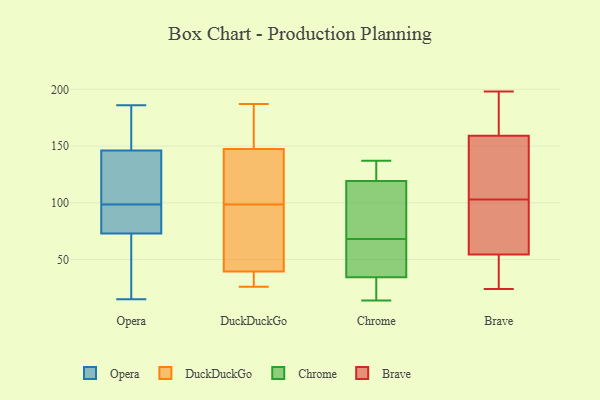
{"axis": {"x": "Revenue (USD Million)", "y": "Value"}, "legend": ["Brave", "Chrome", "DuckDuckGo", "Opera"], "data": [{"x": "", "y": 27, "type": "Opera"}, {"x": "", "y": 87, "type": "Opera"}, {"x": "", "y": 46, "type": "Opera"}, {"x": "", "y": 80, "type": "Opera"}, {"x": "", "y": 73, "type": "Opera"}, {"x": "", "y": 146, "type": "Opera"}, {"x": "", "y": 77, "type": "Opera"}, {"x": "", "y": 186, "type": "Opera"}, {"x": "", "y": 101, "type": "Opera"}, {"x": "", "y": 163, "type": "Opera"}, {"x": "", "y": 96, "type": "Opera"}, {"x": "", "y": 175, "type": "Opera"}, {"x": "", "y": 15, "type": "Opera"}, {"x": "", "y": 110, "type": "Opera"}, {"x": "", "y": 155, "type": "Opera"}, {"x": "", "y": 120, "type": "Opera"}, {"x": "", "y": 102, "type": "Opera"}, {"x": "", "y": 65, "type": "Opera"}, {"x": "", "y": 95, "type": "DuckDuckGo"}, {"x": "", "y": 167, "type": "DuckDuckGo"}, {"x": "", "y": 34, "type": "DuckDuckGo"}, {"x": "", "y": 44, "type": "DuckDuckGo"}, {"x": "", "y": 102, "type": "DuckDuckGo"}, {"x": "", "y": 161, "type": "DuckDuckGo"}, {"x": "", "y": 26, "type": "DuckDuckGo"}, {"x": "", "y": 85, "type": "DuckDuckGo"}, {"x": "", "y": 31, "type": "DuckDuckGo"}, {"x": "", "y": 154, "type": "DuckDuckGo"}, {"x": "", "y": 187, "type": "DuckDuckGo"}, {"x": "", "y": 141, "type": "DuckDuckGo"}, {"x": "", "y": 118, "type": "DuckDuckGo"}, {"x": "", "y": 86, "type": "DuckDuckGo"}, {"x": "", "y": 35, "type": "DuckDuckGo"}, {"x": "", "y": 114, "type": "DuckDuckGo"}, {"x": "", "y": 137, "type": "Chrome"}, {"x": "", "y": 14, "type": "Chrome"}, {"x": "", "y": 60, "type": "Chrome"}, {"x": "", "y": 47, "type": "Chrome"}, {"x": "", "y": 23, "type": "Chrome"}, {"x": "", "y": 136, "type": "Chrome"}, {"x": "", "y": 116, "type": "Chrome"}, {"x": "", "y": 84, "type": "Chrome"}, {"x": "", "y": 33, "type": "Chrome"}, {"x": "", "y": 130, "type": "Chrome"}, {"x": "", "y": 60, "type": "Chrome"}, {"x": "", "y": 129, "type": "Chrome"}, {"x": "", "y": 68, "type": "Chrome"}, {"x": "", "y": 26, "type": "Chrome"}, {"x": "", "y": 81, "type": "Chrome"}, {"x": "", "y": 35, "type": "Chrome"}, {"x": "", "y": 105, "type": "Chrome"}, {"x": "", "y": 156, "type": "Brave"}, {"x": "", "y": 24, "type": "Brave"}, {"x": "", "y": 172, "type": "Brave"}, {"x": "", "y": 130, "type": "Brave"}, {"x": "", "y": 198, "type": "Brave"}, {"x": "", "y": 87, "type": "Brave"}, {"x": "", "y": 102, "type": "Brave"}, {"x": "", "y": 80, "type": "Brave"}, {"x": "", "y": 50, "type": "Brave"}, {"x": "", "y": 131, "type": "Brave"}, {"x": "", "y": 139, "type": "Brave"}, {"x": "", "y": 176, "type": "Brave"}, {"x": "", "y": 162, "type": "Brave"}, {"x": "", "y": 104, "type": "Brave"}, {"x": "", "y": 29, "type": "Brave"}, {"x": "", "y": 47, "type": "Brave"}, {"x": "", "y": 36, "type": "Brave"}, {"x": "", "y": 59, "type": "Brave"}, {"x": "", "y": 81, "type": "Brave"}, {"x": "", "y": 171, "type": "Brave"}]}